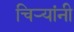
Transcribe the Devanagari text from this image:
चिर्‍यांनी